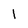
Character: l